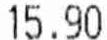
15.90